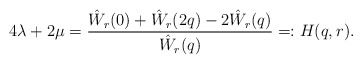
\begin{align*}4\lambda + 2\mu = \frac{\hat W_r(0) + \hat W_r(2q)-2\hat W_r(q)}{\hat W_r(q)} =: H(q,r).\end{align*}